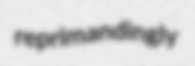
reprimandingly